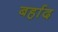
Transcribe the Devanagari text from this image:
बर्हाद